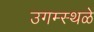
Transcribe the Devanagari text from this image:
उगम्स्थळे